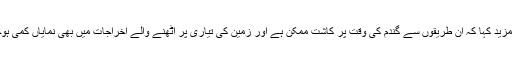
انہوں نے مزید کہا کہ ان طریقوں سے گندم کی وقت پر کاشت ممکن ہے اور زمین کی تیاری پر اٹھنے والے اخراجات میں بھی نمایاں کمی ہوجاتی ہے ۔